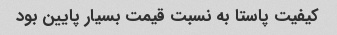
کیفیت پاستا به نسبت قیمت بسیار پایین بود